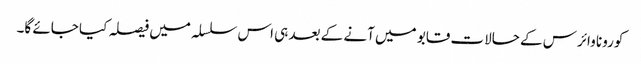
کورونا وائرس کے حالات قابو میں آنے کے بعد ہی اس سلسلہ میں فیصلہ کیا جائے گا۔